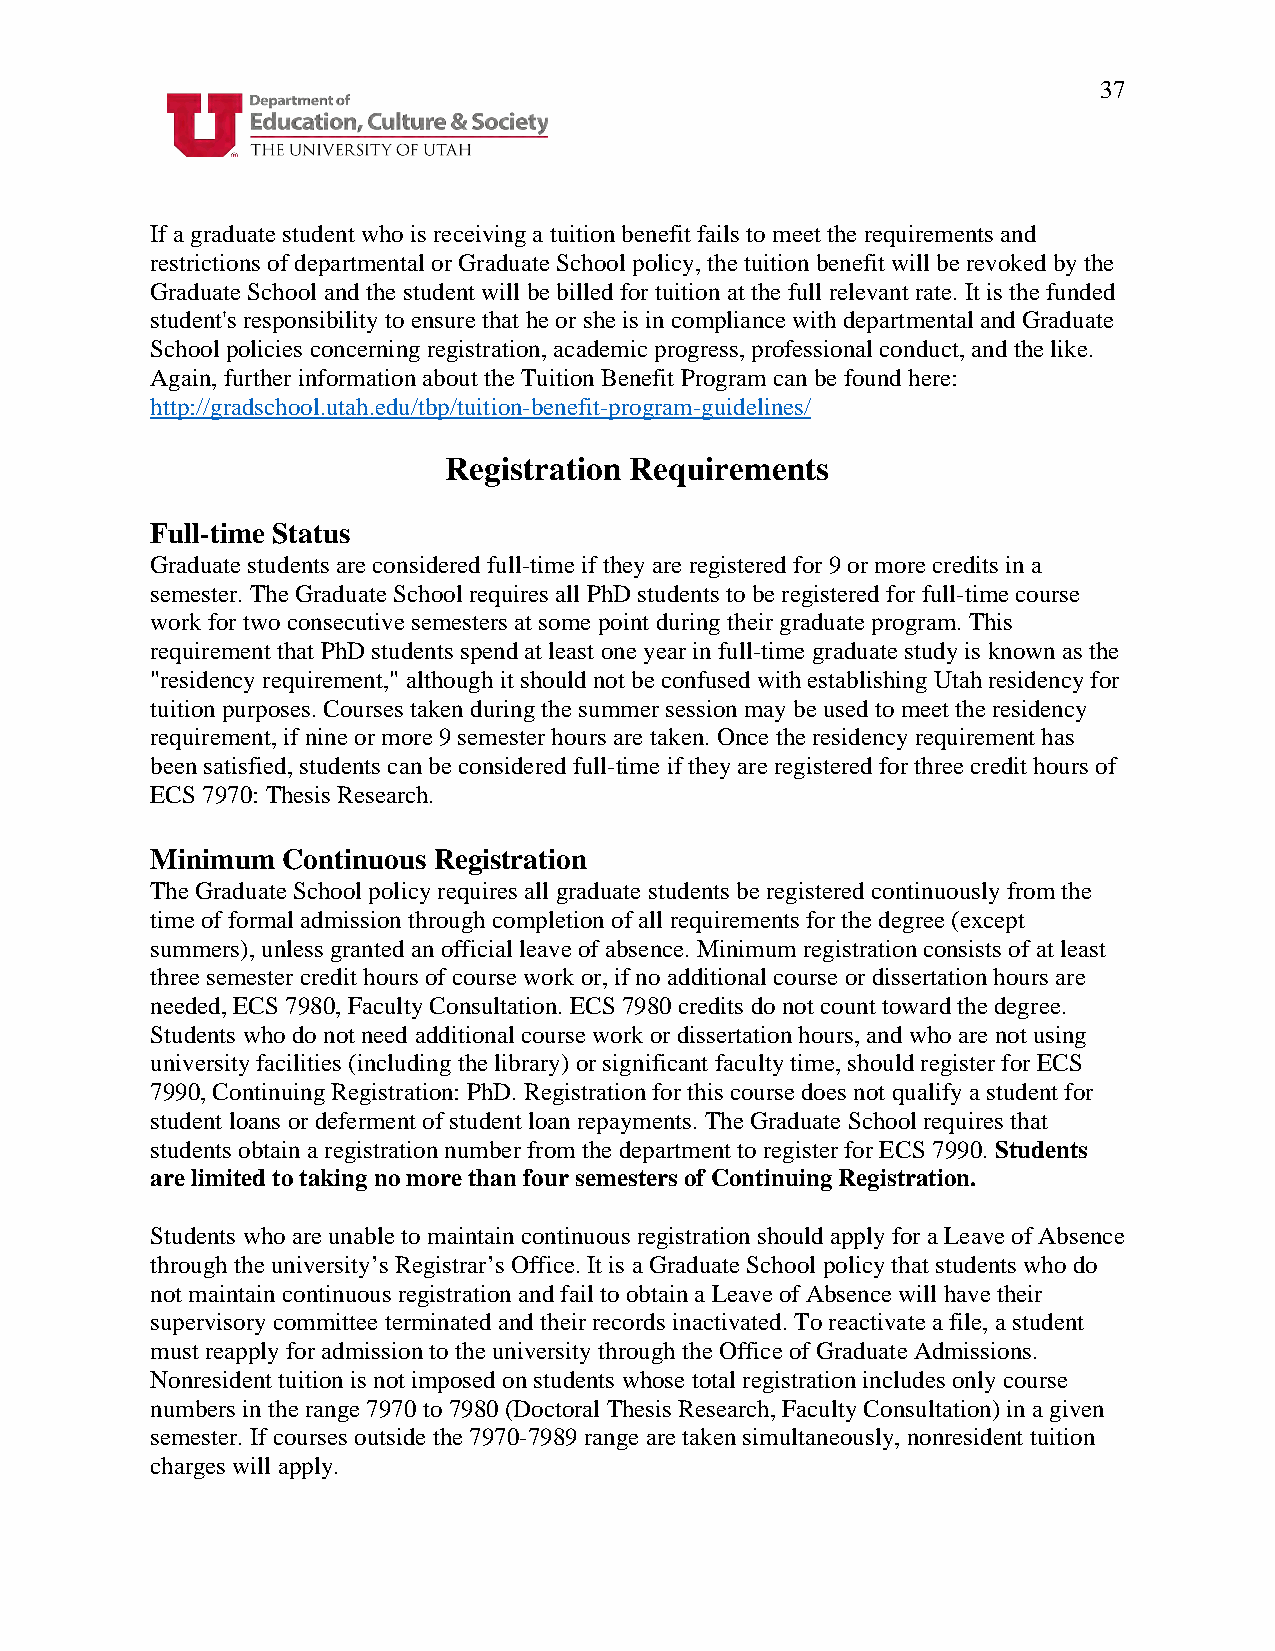
37
 If a graduate student who is receiving a tuition benefit fails to meet the requirements and
 restrictions of departmental or Graduate School policy, the tuition benefit will be revoked by the
 Graduate School and the student will be billed for tuition at the full relevant rate. It is the funded
 student's responsibility to ensure that he or she is in compliance with departmental and Graduate
 School policies concerning registration, academic progress, professional conduct, and the like.
 Again, further information about the Tuition Benefit Program can be found here:
 http://gradschool.utah.edu/tbp/tuition-benefit-program-guidelines/
 Registration Requirements
 Full-time Status
 Graduate students are considered full-time if they are registered for 9 or more credits in a
 semester. The Graduate School requires all PhD students to be registered for full-time course
 work for two consecutive semesters at some point during their graduate program. This
 requirement that PhD students spend at least one year in full-time graduate study is known as the
 "residency requirement," although it should not be confused with establishing Utah residency for
 tuition purposes. Courses taken during the summer session may be used to meet the residency
 requirement, if nine or more 9 semester hours are taken. Once the residency requirement has
 been satisfied, students can be considered full-time if they are registered for three credit hours of
 ECS 7970: Thesis Research.
 Minimum  Continuous Registration
 The Graduate School policy requires all graduate students be registered continuously from the
 time of formal admission through completion of all requirements for the degree (except
 summers), unless granted an official leave of absence. Minimum registration consists of at least
 three semester credit hours of course work or, if no additional course or dissertation hours are
 needed, ECS 7980, Faculty Consultation. ECS 7980 credits do not count toward the degree.
 Students who do not need additional course work or dissertation hours, and who are not using
 university facilities (including the library) or significant faculty time, should register for ECS
 7990, Continuing Registration: PhD. Registration for this course does not qualify a student for
 student loans or deferment of student loan repayments. The Graduate School requires that
 students obtain a registration number from the department to register for ECS 7990. Students
 are limited to taking no more than four semesters of Continuing Registration.
 Students who are unable to maintain continuous registration should apply for a Leave of Absence
 through the university’s Registrar’s Office. It is a Graduate School policy that students who do
 not maintain continuous registration and fail to obtain a Leave of Absence will have their
 supervisory committee terminated and their records inactivated. To reactivate a file, a student
 must reapply for admission to the university through the Office of Graduate Admissions.
 Nonresident tuition is not imposed on students whose total registration includes only course
 numbers in the range 7970 to 7980 (Doctoral Thesis Research, Faculty Consultation) in a given
 semester. If courses outside the 7970-7989 range are taken simultaneously, nonresident tuition
 charges will apply.